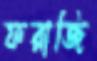
ফরাজি